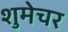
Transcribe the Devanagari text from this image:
शुमेचर